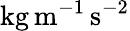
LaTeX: \mathrm{kg}\, \mathrm{m}^{-1}\, \mathrm{s}^{-2}